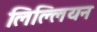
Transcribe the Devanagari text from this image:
लिल्लियन